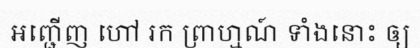
អញ្ជើញ ហៅ រក ព្រាហ្មណ៍ ទាំងនោះ ឲ្យ